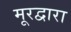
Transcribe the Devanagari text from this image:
मूरद्वारा